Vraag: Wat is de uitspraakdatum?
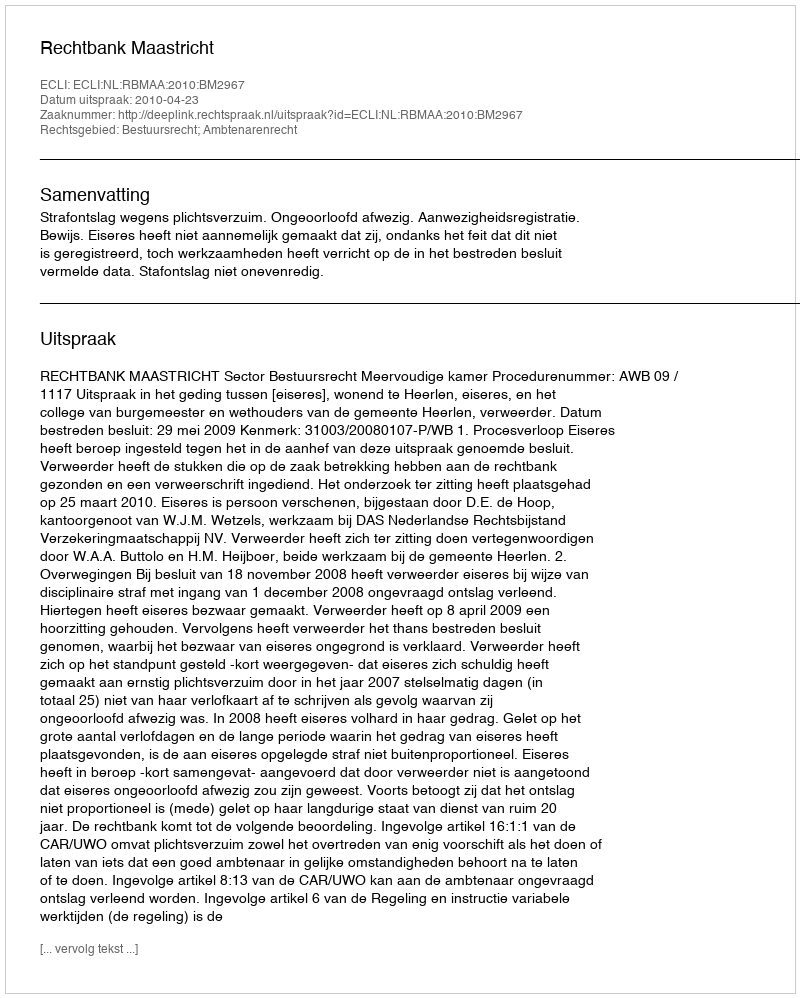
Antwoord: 2010-04-23